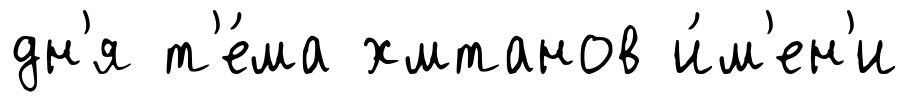
дн'я т'е́ма хмтанов и́м'ен'и